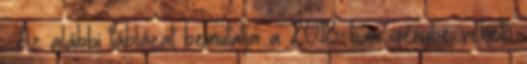
. Az alábbi táblázat bemutatja a 2018-ban igénybe vehető